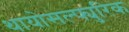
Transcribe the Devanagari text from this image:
थायोसल्फ्युरिक